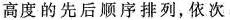
高度的先后顺序排列，依次